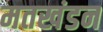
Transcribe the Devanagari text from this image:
मतखंडन